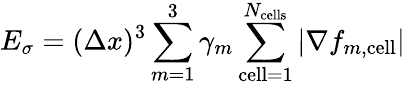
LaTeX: E_{\sigma}=(\Delta x)^{3}\sum_{m=1}^{3}\gamma_{m}\sum_{\mathrm{cell}=1}^{N_{\mathrm{cells}}}|\nabla f_{m,\mathrm{cell}}|